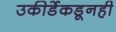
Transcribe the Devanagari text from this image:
उकीर्डेकडूनही